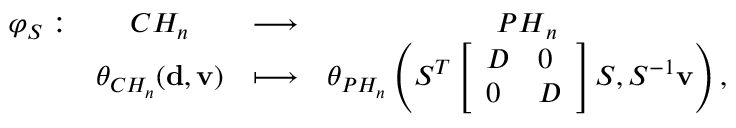
\begin{array} { c c c c } { \varphi _ { S } : } & { C H _ { n } } & { \longrightarrow } & { { P H } _ { n } } \\ & { \theta _ { C H _ { n } } ( { \bf d } , { \bf v } ) } & { \longmapsto } & { \theta _ { P H _ { n } } \left( S ^ { T } \left[ \begin{array} { l l } { D } & { 0 } \\ { 0 } & { D } \end{array} \right] S , S ^ { - 1 } { \bf v } \right) , } \end{array}